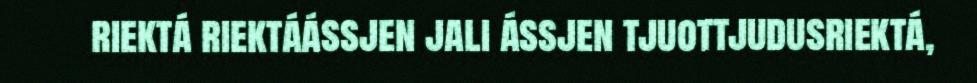
riektá riektáássjen jali ássjen tjuottjudusriektá,